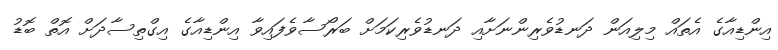
އިންޑިއާގެ އެތައް މިލިއަން ދަނޑުވެރިންނަށާއި ދަނޑުވެރިކަމަށް ބަރޯސާވެފައިވާ އިންޑިއާގެ އިގްތިސާދަށް އޮތް ބޮޑު